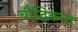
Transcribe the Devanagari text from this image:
बौद्धिकत्ता